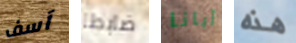
آسف ضابطا أبانا هذه